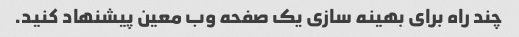
چند راه برای بهینه سازی یک صفحه وب معین پیشنهاد کنید.